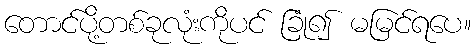
တောင်ပို့တစ်ခုလုံးကိုပင် ခြုံ၍ မမြင်ရပေ။